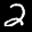
Label: 2